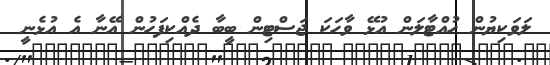
ލަވަކިޔުން ހުއްޓާލަން އުޅޭ ވާހަކަ ޖަސްޓިން ބީބާ ދެއްކިފަހުން އޭނާ އެ އުޅެނީ